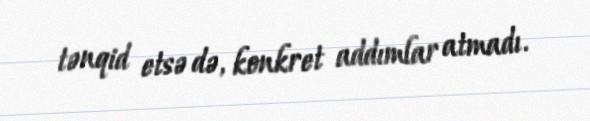
tənqid etsə də, konkret addımlar atmadı.